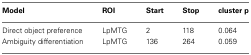
| Model | ROI | Start | Stop | cluster p |
 | --- | --- | --- | --- | --- |
 | Direct object preference | LpMTG | 2 | 118 | 0.064 |
 | Ambiguity differentiation | LpMTG | 136 | 264 | 0.059 |